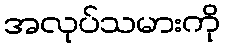
အလုပ်သမားကို